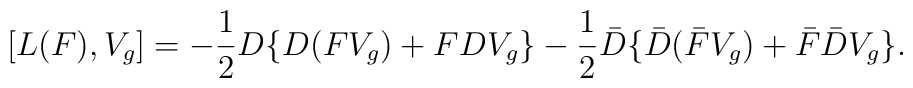
[L(F), V_g] = -\frac{1}{2}D\{D(FV_g)+FDV_g\} -\frac{1}{2}\bar{D}\{\bar{D}(\bar{F}V_g)+\bar{F}\bar{D}V_g\}.